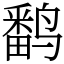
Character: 𬸪